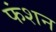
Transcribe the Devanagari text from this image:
फंशन